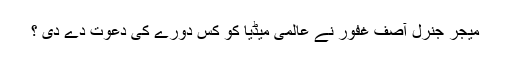
میجر جنرل آصف غفور نے عالمی میڈیا کو کس دورے کی دعوت دے دی ؟